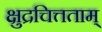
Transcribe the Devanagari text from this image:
क्षुद्रचित्तताम्